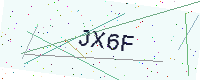
Text: JX6F